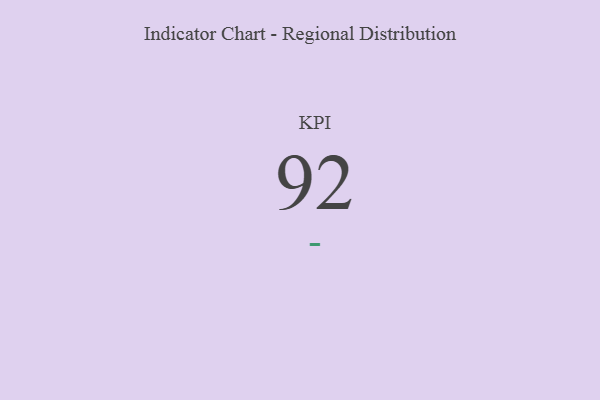
{"axis": {"x": "KPI", "y": "Value"}, "legend": [""], "data": [{"x": "KPI", "y": 92, "type": ""}]}